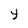
Character: Y